Eesti_Ajutise_Maavalitsuse_haridusosakond, lk 54
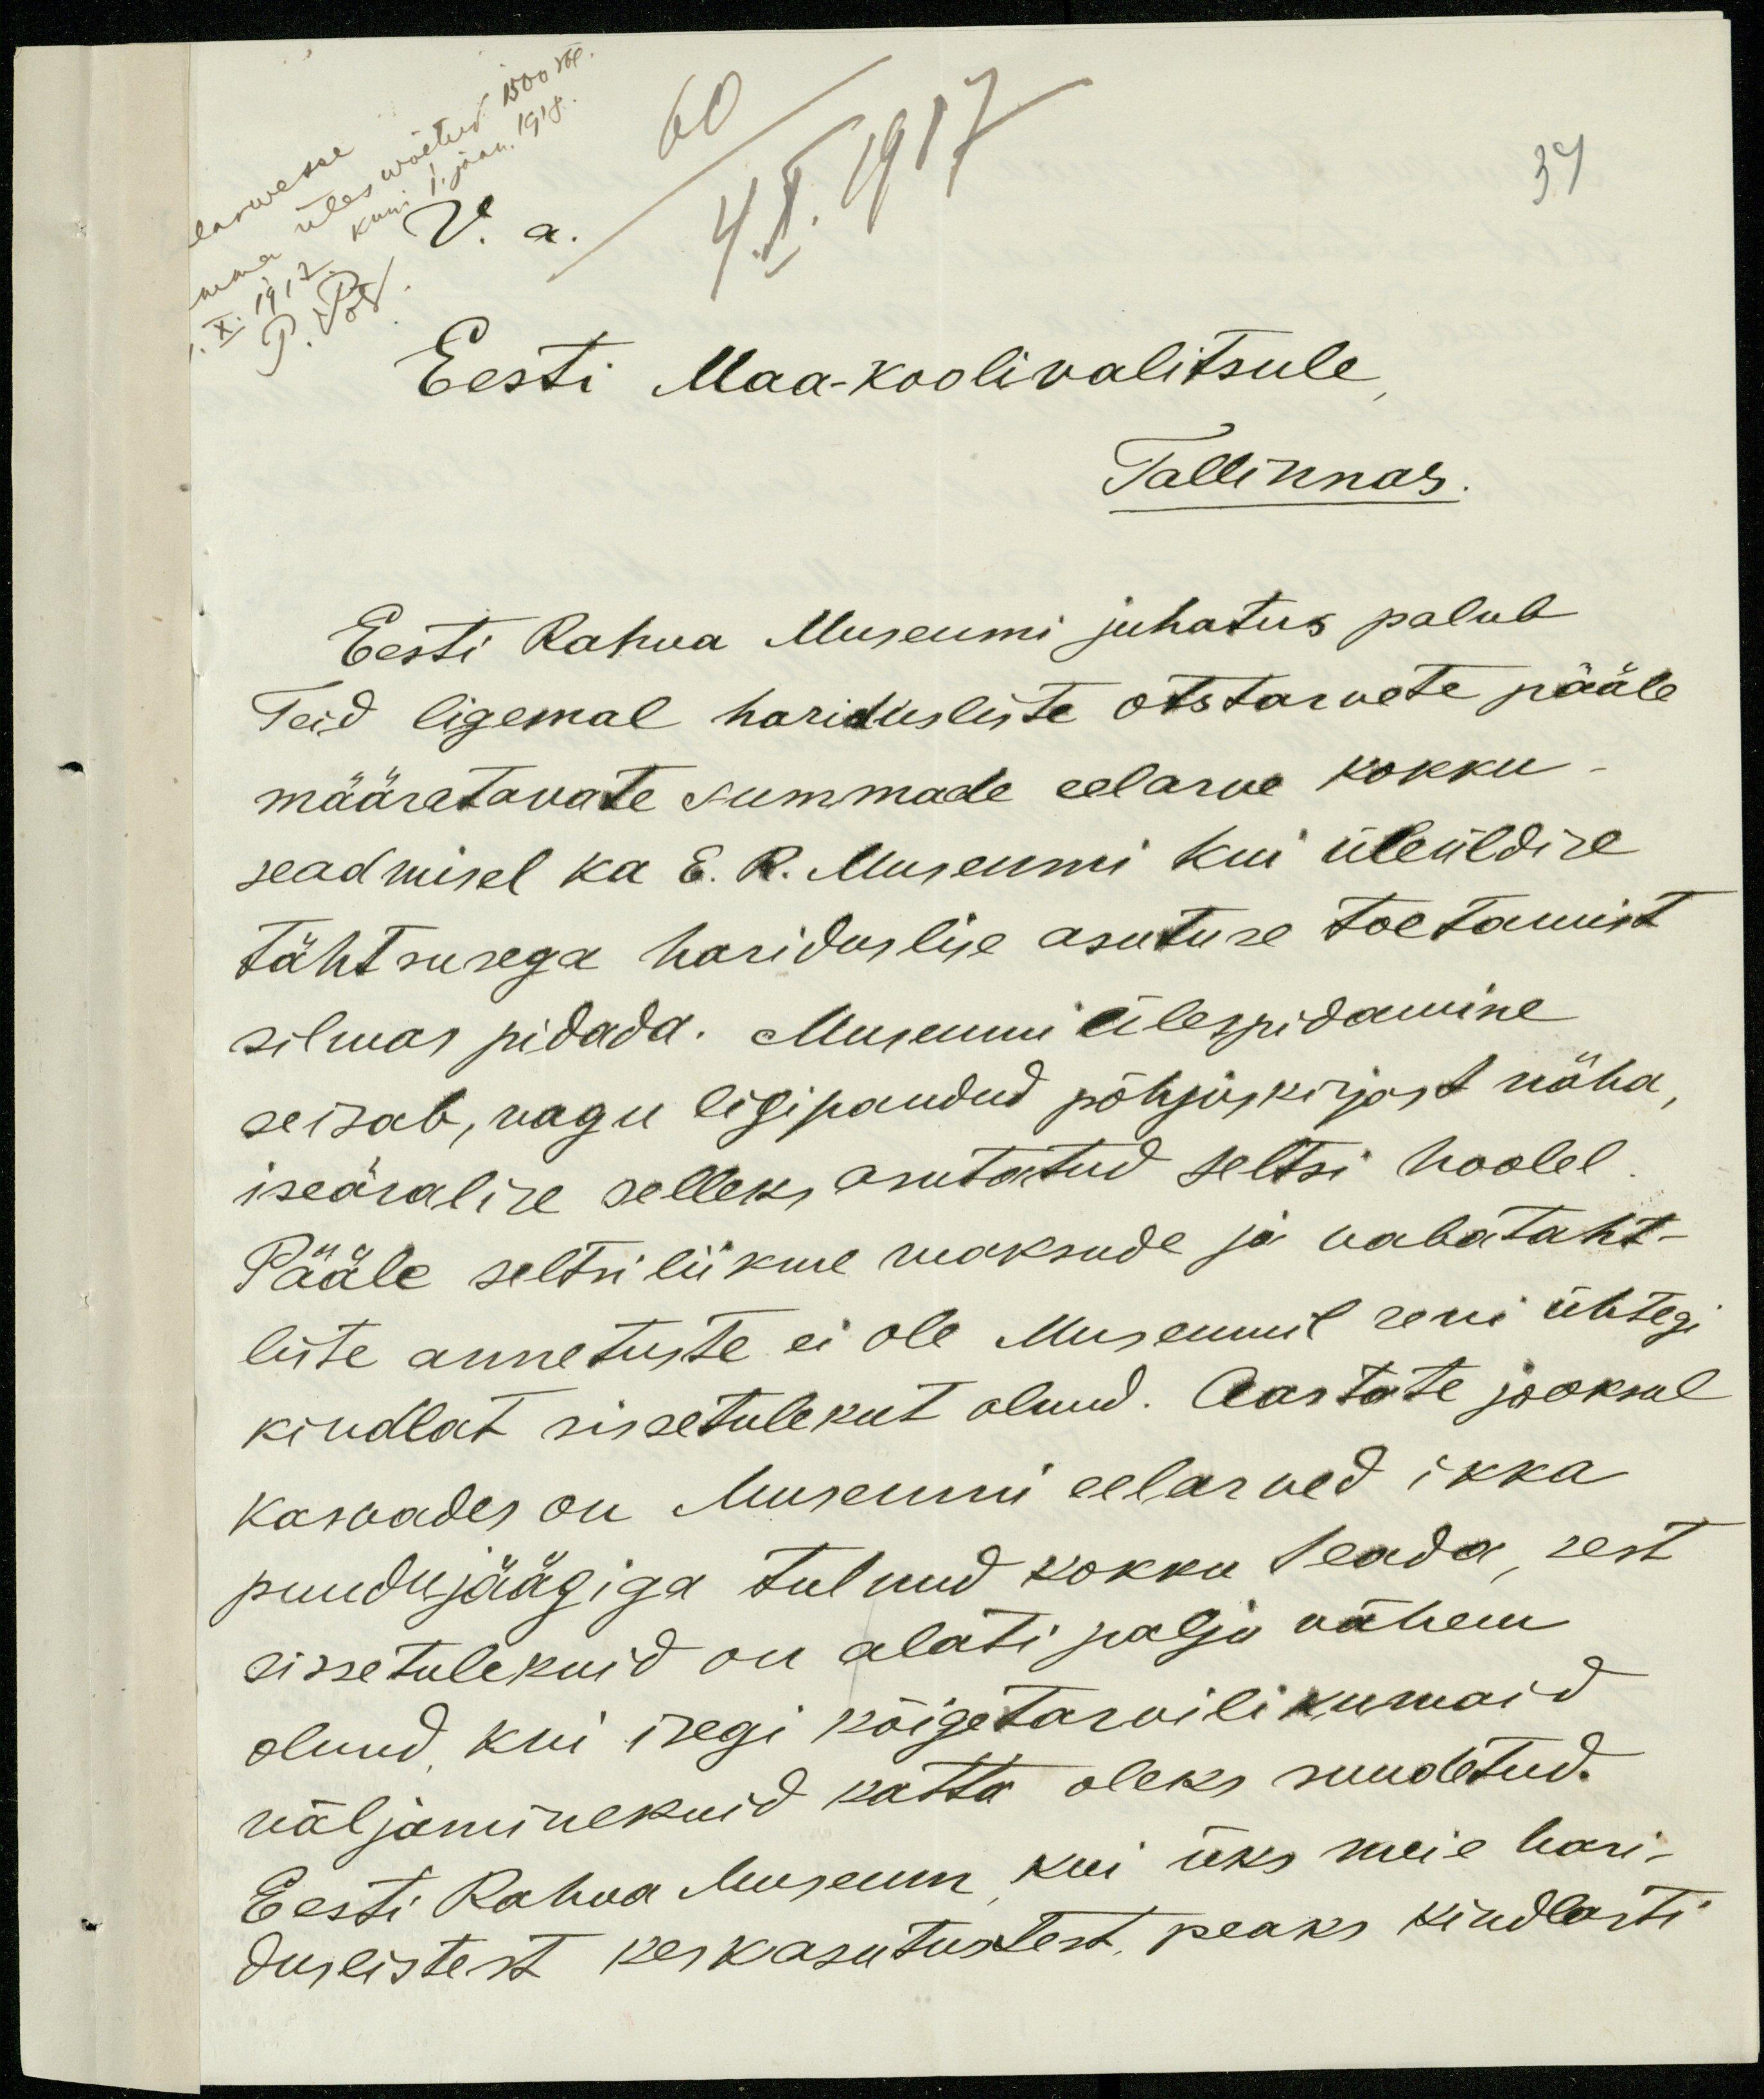
60
4. X. 1917
37
Eesti Maa-koolivalitsule
Tallinnas
Eesti Rahva Museumi juhatus palub
Teid ligemal haridusliste otstarvete pääle
määratavate summade eelarve kokku-
seadmisel ka E. R. Museumi kui üleüldise
tähtsusega hariduslise asutuse toetamist
silmas pidada. Museumi ülespidamine
seisab, nagu ligipandud põhjus kirjast näha,
iseäralise selleks asutatud seltsi hoolel
Pääle seltsiliikme maksude ja vabataht-
liste annetuste ei ole Museumil seni ühtegi
kindlat sissetulekut olnud. Aastate jooksul
kasvades on Museumi eelarved ikka
puudujäägiga tulnud kokku seada, sest
sissetulekuid on alati palju vähem
olnud kui isegi kõigetarvilikumaid
väljaminekuid katta oleks suudetud.
Eesti Rahva Muuseum kui üks meie hari-
duslistest keskasutustest peaks kindlasti